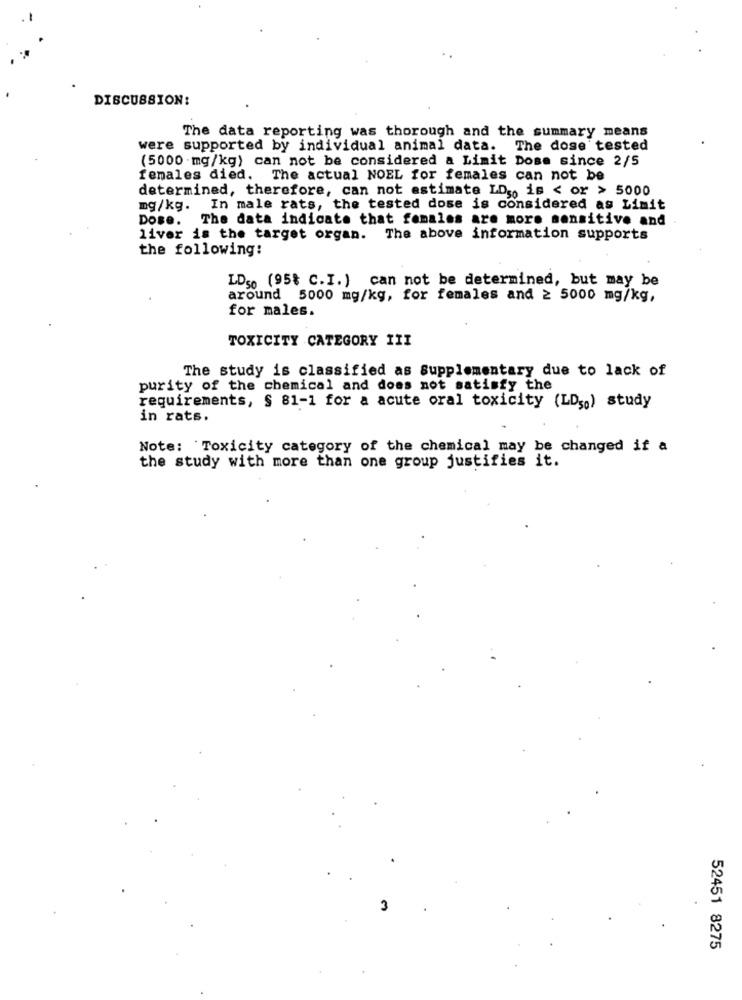
DISCUSSION:
The data reporting was thorough and the summary means
were supported by individual animal data. The dose tested
(5000 mg/kg) can not be considered a Limit Dose since 2/5
females died.
The actual NOEL for females can not be
determined, therefore, can not estimate LD .. is < or > 5000
mg/kg. In male rats, the tested dose is considered as Limit
Dose.
The data indicate that females are more sensitive and
liver is the target organ. The above information supports
the following:
LD50 (95% C.I.) can not be determined, but may be
around 5000 mg/kg, for females and ≥ 5000 mg/kg,
for males.
TOXICITY CATEGORY III
The study is classified as Supplementary due to lack of
purity of the chemical and does not satisfy the
requirements, § 81-1 for a acute oral toxicity (LD50) study
in rats.
Note: Toxicity category of the chemical may be changed if a
the study with more than one group justifies it.
52451 8275